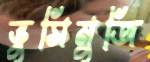
ভুসিমুজি